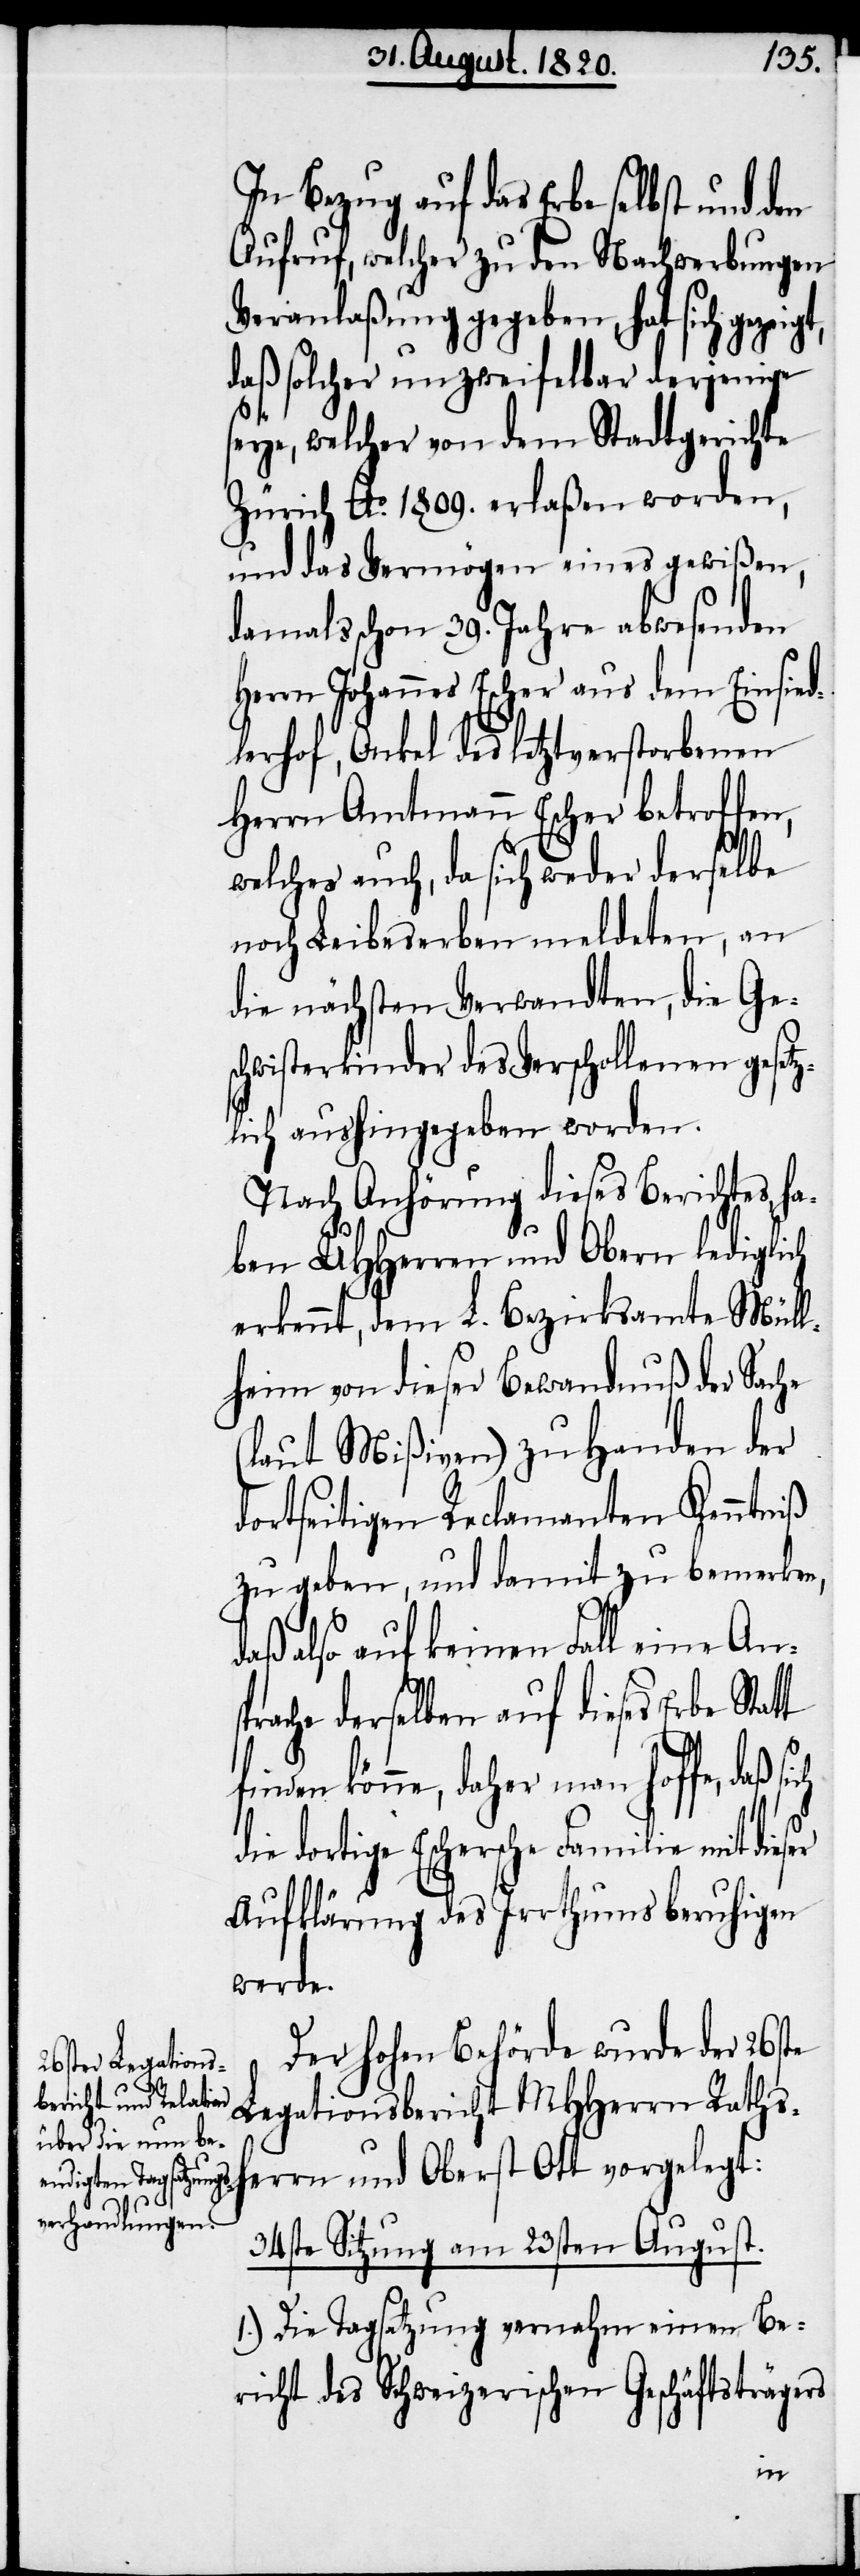
In Bezug auf das Erbe selbst und den
Aufruf, welcher zu den Nachwerbungen
Veranlaßung gegeben, hat sich geze¬
daß solcher unzweifelbar derjenige
seye, welcher von dem Stadtgerichte
Zürich Ao. 1809. erlaßen worden,
und das Vermögen eines gewißen,
damals schon 39. Jahre abwesenden
Herrn Johannes Escher aus dem Einsied¬
lerhof, Onkel des letztverstorbenen
Herrn Amtmann Escher betroffen,
welches auch, da sich weder derselbe
noch Leibeserben meldeten, an
die nächsten Verwandten, die Ges¬
chwisterkinder des Verschollenen gesetz¬
lich aushingegeben worden.
Nach Anhörung dieses Berichtes, ha¬
ben UHherren und Obern lediglich
erkennt, dem L. Bezirksamte Müll¬
heim von dieser Bewandnuß der Sache
(laut Mißiven) zu Handen der
dortseitigen Reclamanten Kenntniß
zu geben, und damit zu bemerken,
daß also auf keinen Fall eine Ansp¬
rache derselben auf dieses Erbe
finden könne, daher man hoffe, daß
ie dortige Eschersche Familie mit dieser
Aufklärung des Irrthums beruhigen
werde.
Der hohen Behörde wurde der 26ste
Legationsbericht MHHerrn Rathsh¬
errn und Oberst Ott vorgelegt:
34ste Sitzung am 23sten August.
1.) Die Tagsatzung vernahm einen Be¬
richt des Schweizerischen Geschäftsträgers
d¬